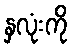
နှလုံးကို